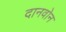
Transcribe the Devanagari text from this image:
दानवोन